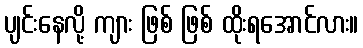
ပျင်းနေလို့ ကျား ဖြစ် ဖြစ် ထိုးရအောင်လား။